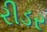
રીડર